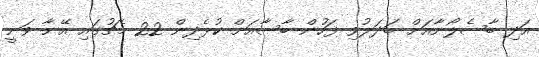
އަދި ބާސެލޯނާއަށް ބަދަލުވި ފަހުން ބާސާއަށް ކުޅެދިން 22 މެޗުގައި އޭނާ ވަނީ